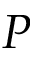
P